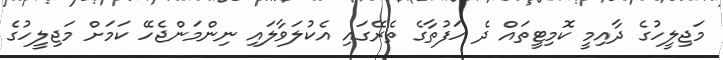
މަޖިލީހުގެ ދާއިމީ ކޮމިޓީތައް ދެ ހަފުތާގެ ތެރޭގައި އެކުލަވާލައި ނިންމަންޖެހޭ ކަމަށް މަޖިލީހުގެ